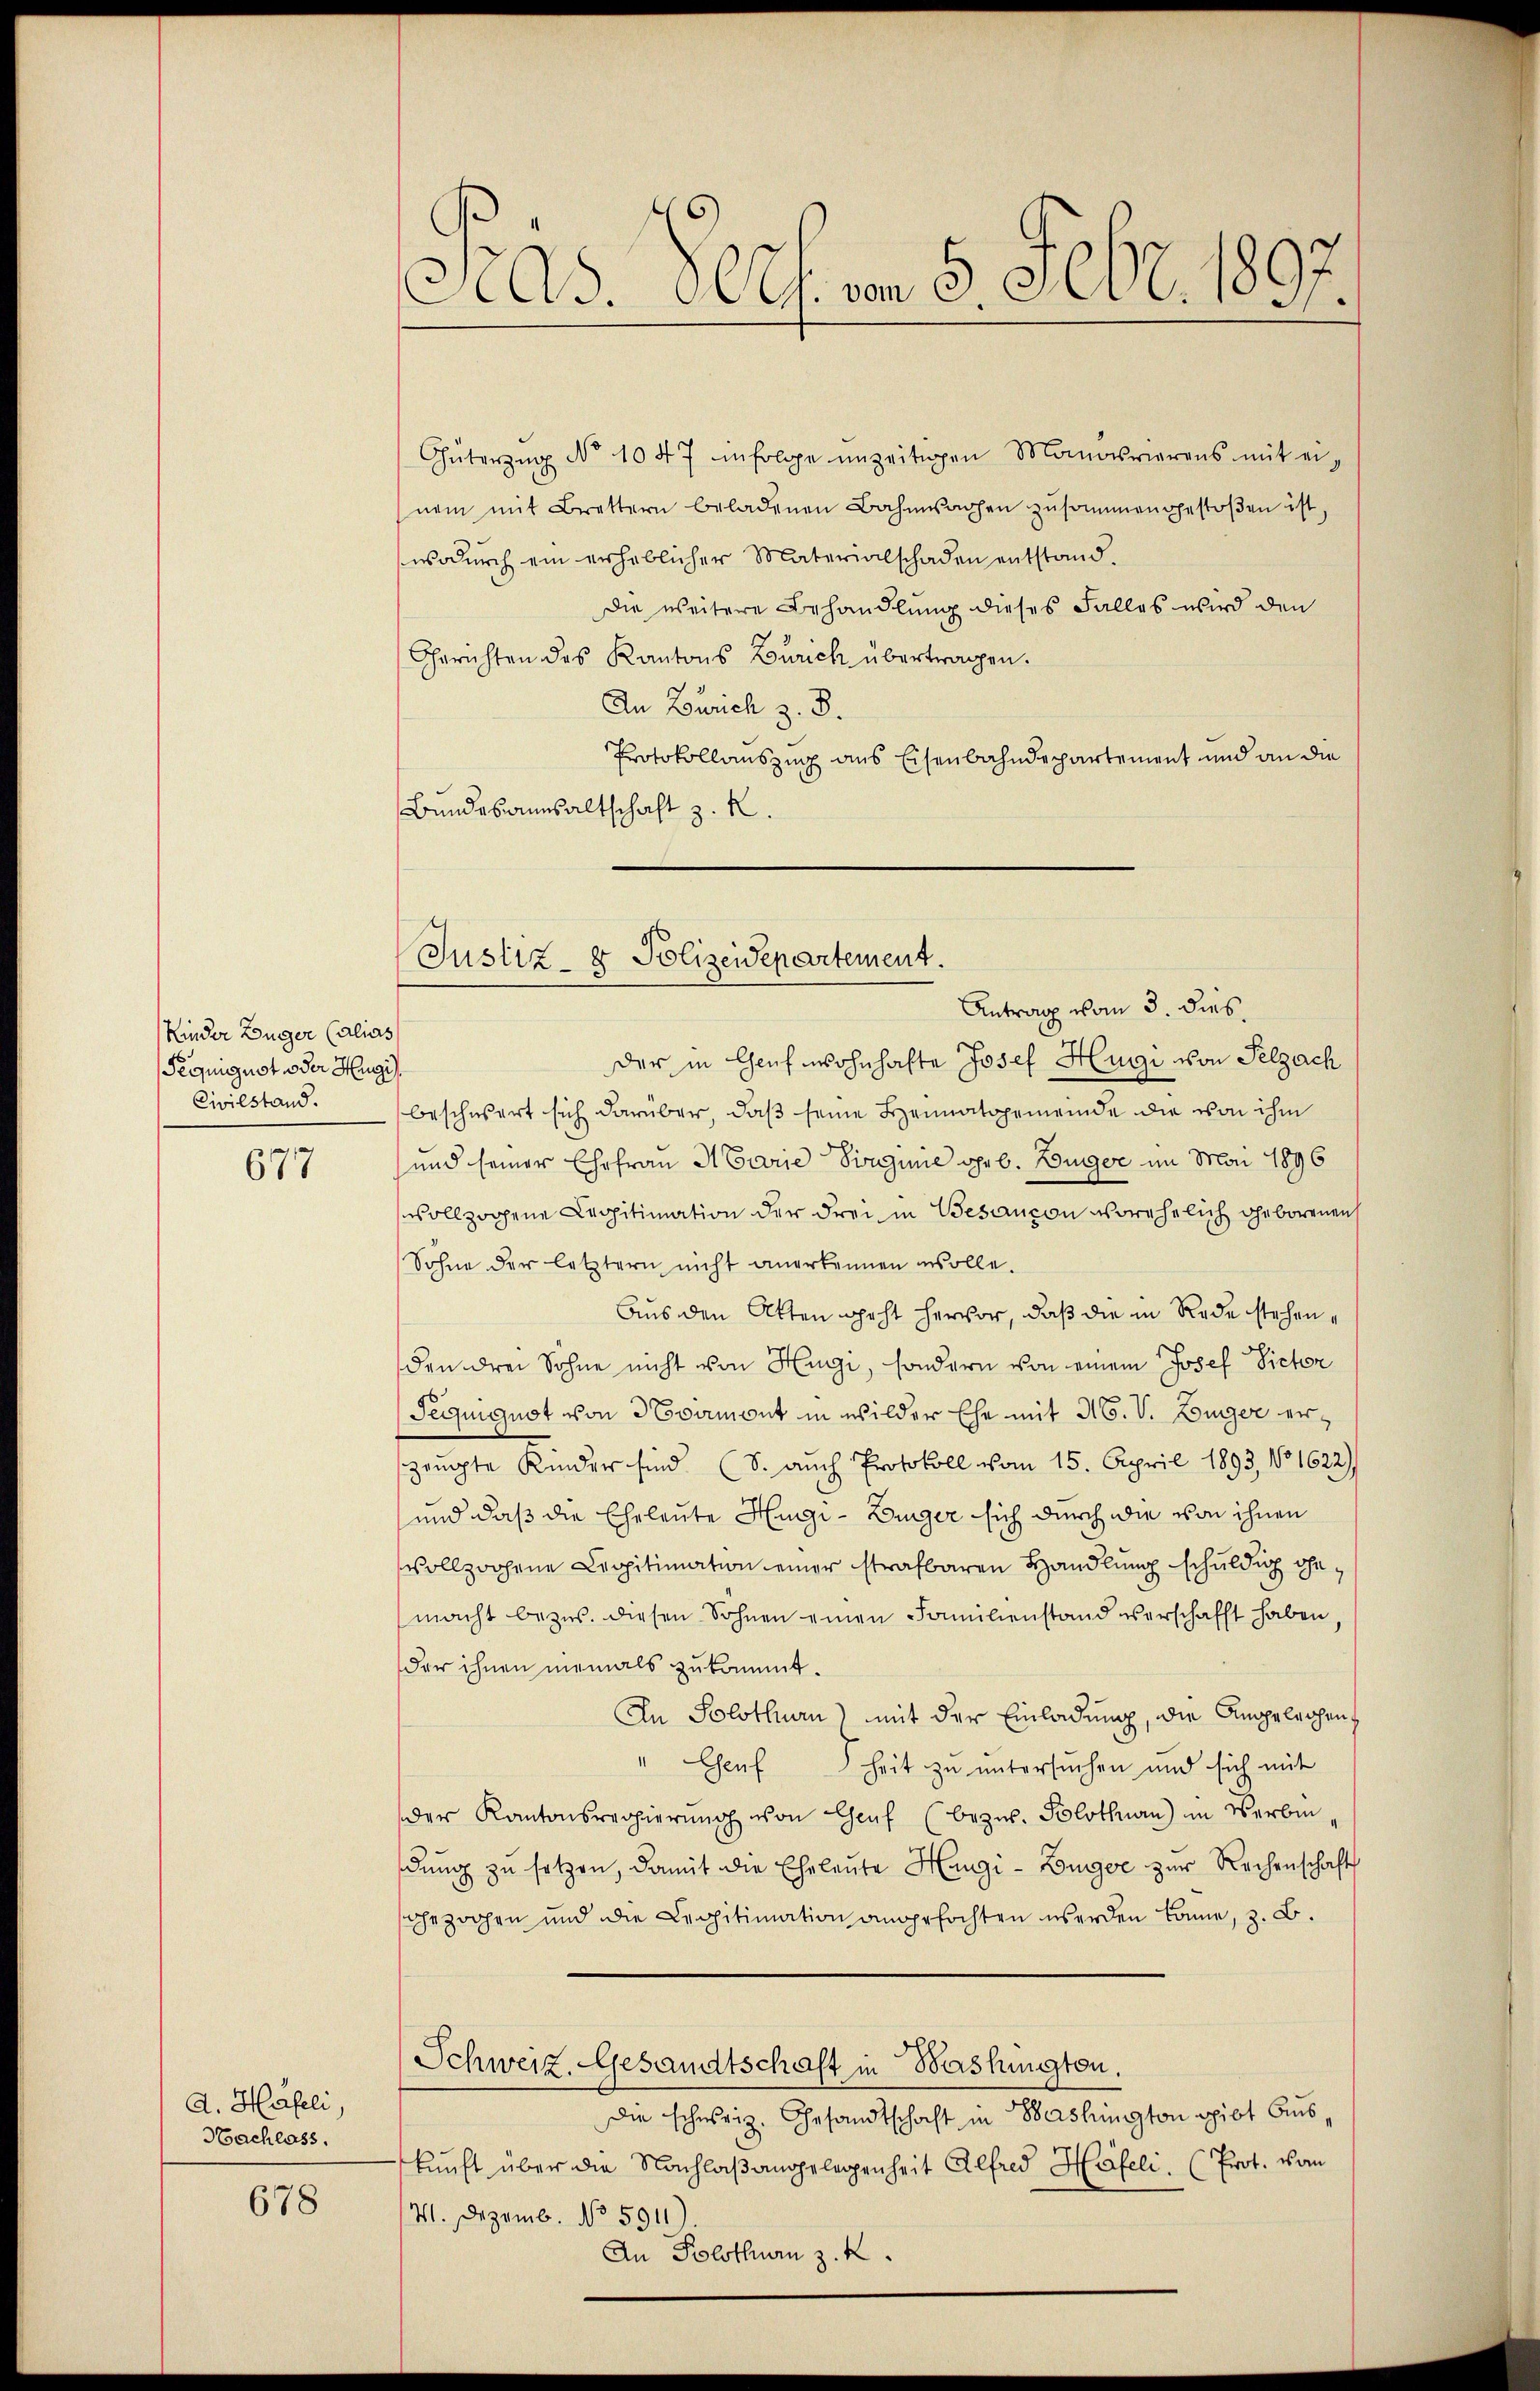
Kinder Züger (alias
Peiniguot oder Hugi)
Civilstand.

677

d. Häfeli,
Nachlass.

678

s
As. Ges. von 5. Febr. 1897.

Güterzŭg No 1047 infolge unzeitigen Monarierens mit ei-
nem mit Brettern beladenen Bahnwachen zusammengestoβen ist,
wodurch ein erheblicher Materialschaden entstand.
Die weitere Behandlung dieses Falles wird den
Gerichten des Kantons Zürich übertragen.
An Zürich z. B.
Protokollauszug aus Eisenbahndepartement und an die
Bundesannsaltschaft z. R.

Justiz- & Polizeidepartement.
Antrag vom 3. dies

der in Genf wohnhafte Josef Hugi von Selzach
beschwert sich darüber, daß seine Heimatsgemeinde die von ihm
und seiner Ehefrau Marie Virgine geb. Bürger im Mai 1896
vollzogene Legitimation der drei in Besaucon vorehelich geborenen
Sohne der letztern nicht anerkennen wolle.
Aus den Akten geht hervor, daß die in Rede stehen,
den drei Sohne nicht von Hugi, sondern von einem Josef Victor
Peiniguot von 3 Exament in wilder Ehe mit 16. V. Zuger erszeugte Kinder sind (S. auch Protokoll vom 15. April 1893, No 1622)
und daß die Eheleute Hugi-Bürger sich durch die von ihnen
vollzochene Legitimation einer strafbaren Handlung schuldig gemacht bezw. diesen Sohnen einen Familienstand verschafft haben,
der ihnen niemals zukommt.
An Solothur) mit der Einladung, die Angeleichen
Esenf
heit zu untersuchen und sich mit
der Kantonsregierŭng von Genf (bezw. Solothurn) in Verbin
dŭng zu setzen, damit die Eheleute Hangi-Bürger zur Rechenschaft
ohezochen und die Legitimation angefochten werden könne, z. B.
Schweiz. Gesandtschaft in Bashington.
Die schweiz. Gesandtschaft in Washington spiot Auskunft über die Nachlaßangelegenheit Alfred Häfeli. Prot. von
41. Dezemb. No 5911)
An Solothurn z. K.